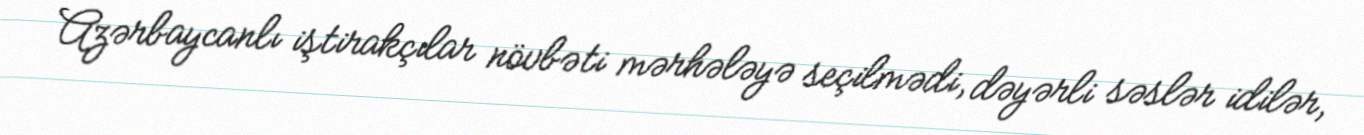
Azərbaycanlı iştirakçılar növbəti mərhələyə seçilmədi, dəyərli səslər idilər,